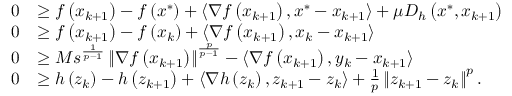
\begin{array} { r l } { 0 } & { \geq f \left( x _ { k + 1 } \right) - f \left( x ^ { * } \right) + \left\langle \nabla f \left( x _ { k + 1 } \right) , x ^ { * } - x _ { k + 1 } \right\rangle + \mu D _ { h } \left( x ^ { * } , x _ { k + 1 } \right) } \\ { 0 } & { \geq f \left( x _ { k + 1 } \right) - f \left( x _ { k } \right) + \left\langle \nabla f \left( x _ { k + 1 } \right) , x _ { k } - x _ { k + 1 } \right\rangle } \\ { 0 } & { \geq M s ^ { \frac { 1 } { p - 1 } } \left\Vert \nabla f \left( x _ { k + 1 } \right) \right\Vert ^ { \frac { p } { p - 1 } } - \left\langle \nabla f \left( x _ { k + 1 } \right) , y _ { k } - x _ { k + 1 } \right\rangle } \\ { 0 } & { \geq h \left( z _ { k } \right) - h \left( z _ { k + 1 } \right) + \left\langle \nabla h \left( z _ { k } \right) , z _ { k + 1 } - z _ { k } \right\rangle + \frac { 1 } { p } \left\Vert z _ { k + 1 } - z _ { k } \right\Vert ^ { p } . } \end{array}